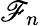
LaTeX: \mathscr{F}_{n}